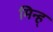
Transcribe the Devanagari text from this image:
मिन्ह्